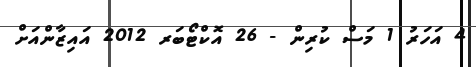
4 އަހަރު 1 މަސް ކުރިން - 26 އޮކްޓޯބަރ 2012 އައިޒާންއަށް